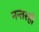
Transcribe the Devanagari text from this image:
नन्तरही